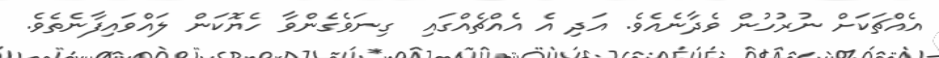
އެއްޗަކަށް ނުރުހުން ވެދާނެއެވެ. އަދި އެ އެއްޗެއްގައި  ގިނަވެގެންވާ ހެޔޮކަން ލައްވައިފާނެތެވެ.